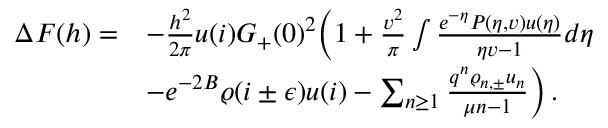
\begin{array} { r l } { \Delta F ( h ) = } & { - \frac { h ^ { 2 } } { 2 \pi } u ( i ) G _ { + } ( 0 ) ^ { 2 } \bigg ( 1 + \frac { v ^ { 2 } } { \pi } \int \frac { e ^ { - \eta } P ( \eta , v ) u ( \eta ) } { \eta v - 1 } d \eta } \\ & { - e ^ { - 2 B } \varrho ( i \pm \epsilon ) u ( i ) - \sum _ { n \geq 1 } \frac { q ^ { n } \varrho _ { n , \pm } u _ { n } } { \mu n - 1 } \bigg ) \, . } \end{array}